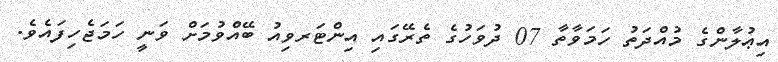
އިޢުލާންގެ މުއްދަތު ހަމަވާތާ 07 ދުވަހުގެ ތެރޭގައި އިންޓަރވިއު ބޭއްވުމަށް ވަނީ ހަމަޖެހިފައެވެ.